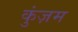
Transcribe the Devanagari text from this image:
कुंज़म